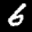
Label: 6